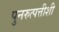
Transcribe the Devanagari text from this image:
पुनरुत्पत्तीशी